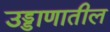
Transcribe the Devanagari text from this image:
उड्डाणातील